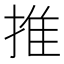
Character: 推